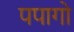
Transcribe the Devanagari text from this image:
पपागो